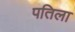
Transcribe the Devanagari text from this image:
पतिला